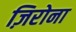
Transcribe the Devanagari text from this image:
ज़िरोना